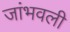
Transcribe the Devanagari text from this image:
जांभवली